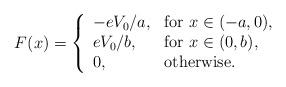
LaTeX: \begin{align*}F(x)=\left\{\begin{array}{ll}-{eV_0/a},&\mbox{for $x\in(-a,0)$},\\{eV_0/b},&\mbox{for $x\in(0,b)$},\\0, &\mbox{otherwise}.\end{array}\right.\end{align*}